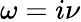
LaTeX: \omega=i\nu